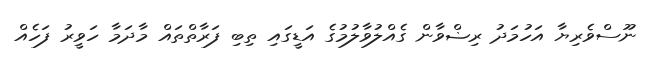
ނޫސްވެރިޔާ އަހުމަދު ރިޟްވާން ގެއްލުވާލުމުގެ އަޑީގައި ތިބި ފަރާތްތައް މާދަމާ ހަވީރު ފަހެއް